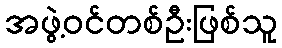
အဖွဲ့ဝင်တစ်ဦးဖြစ်သူ